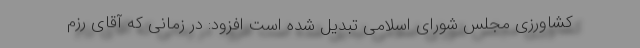
کشاورزی مجلس شورای اسلامی تبدیل شده است افزود: در زمانی که آقای رزم